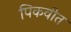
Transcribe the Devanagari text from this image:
पिकवीत